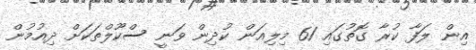
އިން ލަފާ ކުރާ ގޮތުގައި 61 މިލިއަން ކުދިން ވަނީ ސްކޫލްތަކަށް ދިއުމުން